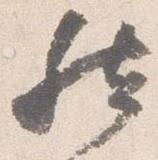
然